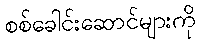
စစ်ခေါင်းဆောင်များကို